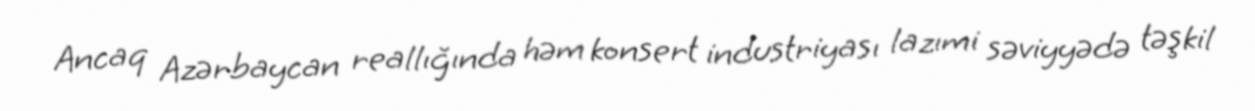
Ancaq Azərbaycan reallığında həm konsert industriyası lazımi səviyyədə təşkil